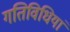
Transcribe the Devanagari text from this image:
गतिविधियां